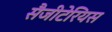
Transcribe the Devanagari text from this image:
सैजीटेरियस